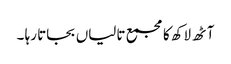
آٹھ لاکھ کا مجمع تالیاں بجاتا رہا ۔